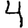
Digit: 4